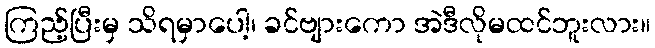
ကြည့်ပြီးမှ သိရမှာပေါ့၊ ခင်ဗျားကော အဲဒီလိုမထင်ဘူးလား။